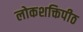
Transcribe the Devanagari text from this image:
लोकशक्तिपीठ